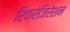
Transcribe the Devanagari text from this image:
रिफ्रेजिरेशन